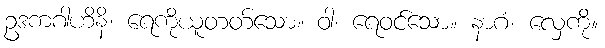
ဥဒကဂါဟိနိ၊ ရေကိုယူတတ်သော။ ဝါ၊ ရေဝင်သော။ နာဂံ၊ လှေကို။